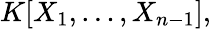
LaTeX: K[X_{1},\ldots,X_{n-1}],